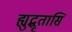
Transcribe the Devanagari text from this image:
ह्युद्धृतासि